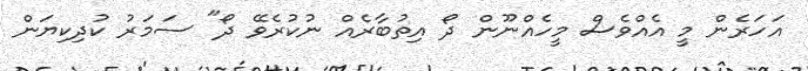
އަހަރެން މީ އެއްވެސް މީހެއްނޫން ދޯ އިތުބާރެއް ނުކުރެވޭ ދޯ" ސަމަރު ކުދިކިޔަން